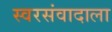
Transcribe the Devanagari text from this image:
स्वरसंवादाला